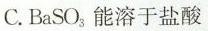
C.B_{a}SO_{3}能溶于盐酸